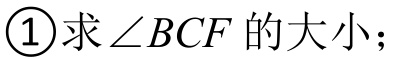
\textcircled{1}求\(\angle BCF\)的大小；